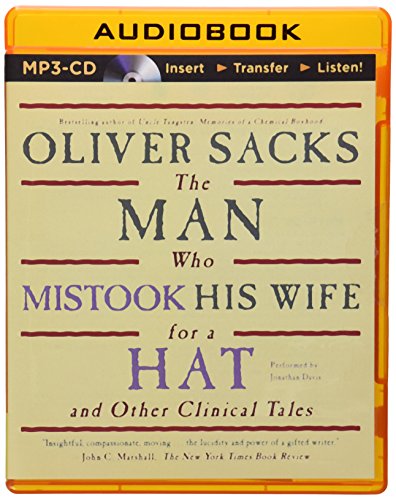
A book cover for The Man Who Mistook His Wife for a Hat: And Other Clinical Tales; Oliver Sacks; Medical Books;